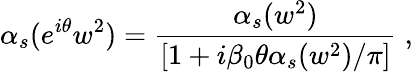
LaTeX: {\alpha}_{s}({e}^{i{\theta}}w^{2})=\frac{{\alpha}_{s}(w^{2})}{[1+i{\beta}_{0}{\theta}{\alpha}_{s}(w^{2})/{\pi}]}\; ,